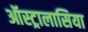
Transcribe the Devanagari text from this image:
ऑस्ट्रालासिया